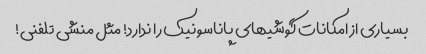
بسیاری از امکانات گوشیهای پاناسونیک را ندارد! مثل منشی تلفنی!